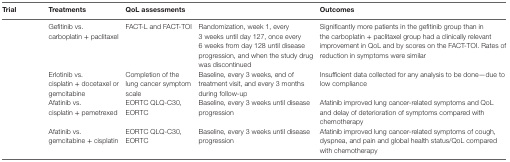
<table><thead><tr><td><b>Trial</b></td><td><b>Treatments</b></td><td><b>QoL assessments</b></td><td>[EMPTY_CELL]</td><td><b>Outcomes</b></td></tr></thead><tbody><tr><td>[EMPTY_CELL]</td><td>Gefitinib vs. carboplatin + paclitaxel</td><td>FACT-L and FACT-TOI</td><td>Randomization, week 1, every 3 weeks until day 127, once every 6 weeks from day 128 until disease progression, and when the study drug was discontinued</td><td>Significantly more patients in the gefitinib group than in the carboplatin + paclitaxel group had a clinically relevant improvement in QoL and by scores on the FACT-TOI. Rates of reduction in symptoms were similar</td></tr><tr><td>[EMPTY_CELL]</td><td>Erlotinib vs. cisplatin + docetaxel or gemcitabine</td><td>Completion of the lung cancer symptom scale</td><td>Baseline, every 3 weeks, end of treatment visit, and every 3 months during follow-up</td><td>Insufficient data collected for any analysis to be done—due to low compliance</td></tr><tr><td rowspan="2">[EMPTY_CELL]</td><td rowspan="2">Afatinib vs. cisplatin + pemetrexed</td><td>EORTC QLQ-C30, EORTC</td><td rowspan="2">Baseline, every 3 weeks until disease progression</td><td rowspan="2">Afatinib improved lung cancer-related symptoms and QoL and delay of deterioration of symptoms compared with chemotherapy</td></tr><tr><td>[EMPTY_CELL]</td></tr><tr><td rowspan="2">[EMPTY_CELL]</td><td rowspan="2">Afatinib vs. gemcitabine + cisplatin</td><td>EORTC QLQ-C30, EORTC</td><td rowspan="2">Baseline, every 3 weeks until disease progression</td><td rowspan="2">Afatinib improved lung cancer-related symptoms of cough, dyspnea, and pain and global health status/QoL compared with chemotherapy</td></tr><tr><td>[EMPTY_CELL]</td></tr></tbody></table>